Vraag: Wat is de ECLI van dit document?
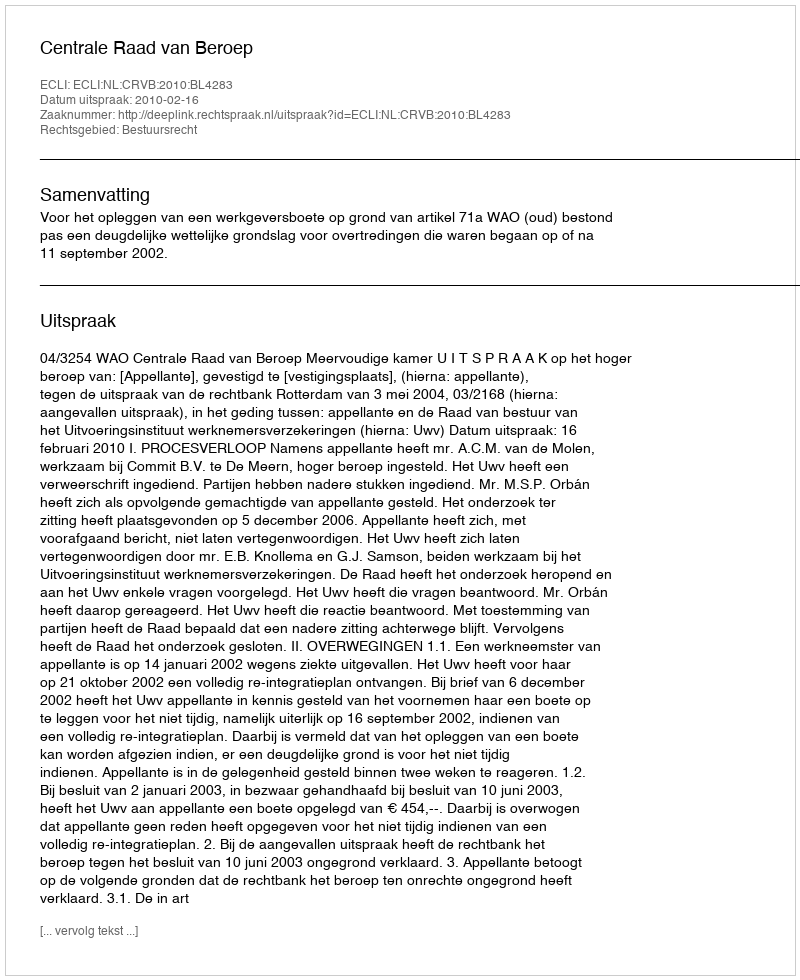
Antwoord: ECLI:NL:CRVB:2010:BL4283